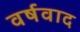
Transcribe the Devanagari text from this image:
वर्षवाद